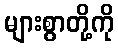
များစွာတို့ကို